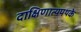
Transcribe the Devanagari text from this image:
दाक्षिणात्यपथके